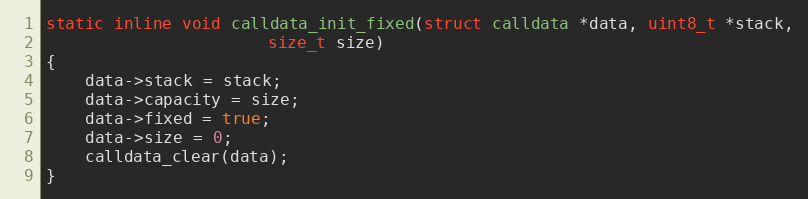
Language: C
static inline void calldata_init_fixed(struct calldata *data, uint8_t *stack,
				       size_t size)
{
	data->stack = stack;
	data->capacity = size;
	data->fixed = true;
	data->size = 0;
	calldata_clear(data);
}